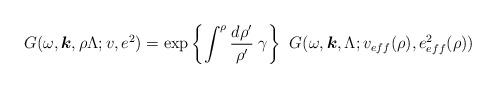
LaTeX: \begin{align*}G(\omega, \mbox{\boldmath $k$} , \rho \Lambda ; v, e^{2} ) = \exp{ \left\{ \int^{\rho } \frac{d \rho '}{\rho '} \; \gamma\right\} }\; \; G (\omega, \mbox{\boldmath $k$} , \Lambda ; v_{eff}(\rho), e^{2}_{eff}(\rho) ) \end{align*}